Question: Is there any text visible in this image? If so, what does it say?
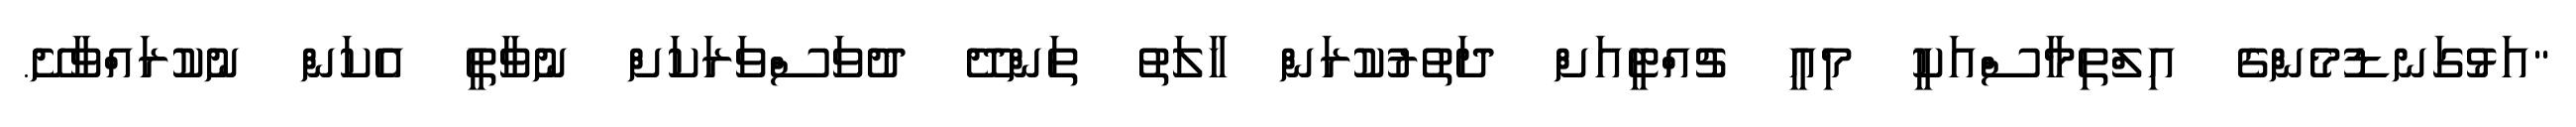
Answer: "އަޅުގަނޑުމެންގެ އިލްތިމާސްއަކީ މިއީ ޗުއްޓީއަށް ދަތުރުކުރަން ހާލަތު ތަންދޭ ދުވަސްވަރަކަށް ނުވާތީ އެކަން ނުކުރައްވާށޭ.